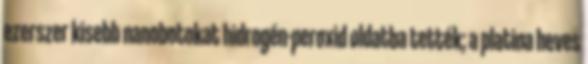
ezerszer kisebb nanobotokat hidrogén-peroxid oldatba tették; a platina heves